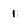
Character: 1